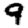
Digit: 9